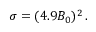
\sigma = ( 4 . 9 B _ { 0 } ) ^ { 2 } \, .